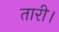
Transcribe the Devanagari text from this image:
तारी।